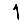
Digit: 1